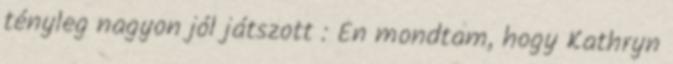
tényleg nagyon jól játszott : Én mondtam, hogy Kathryn